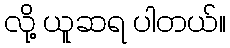
လို့ ယူဆရ ပါတယ်။